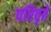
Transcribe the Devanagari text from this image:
परिवृते